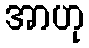
အာဟု